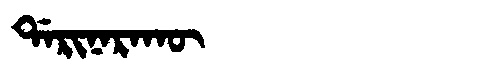
Manchu: ᡩᠠᡵᡳᠨᠠᡵᠠᡴᡡ
Romanization: DARINARAKŪ